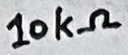
Text: 10kΩ